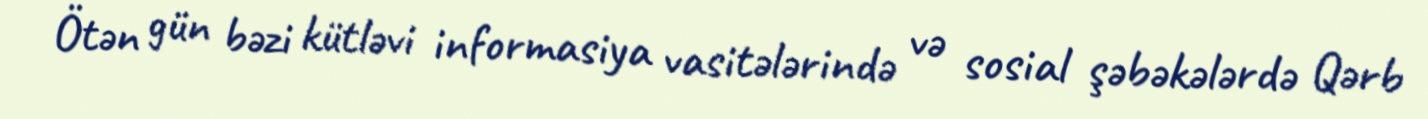
Ötən gün bəzi kütləvi informasiya vasitələrində və sosial şəbəkələrdə Qərb